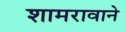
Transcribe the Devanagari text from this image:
शामरावाने